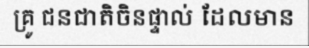
គ្រូ ជនជាតិចិនផ្ទាល់ ដែលមាន